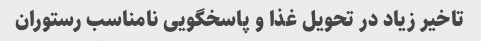
تاخیر زیاد در تحویل غذا و پاسخگویی نامناسب رستوران